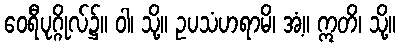
ဝေရီပုဂ္ဂိုလ်၌။ ဝါ၊ သို့။ ဥပသံဟရာမိ၊ အံ့။ ဣတိ၊ သို့။